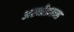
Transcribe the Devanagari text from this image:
अस्थीफ्रान्स